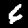
Digit: 6